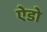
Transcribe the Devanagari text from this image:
ऐडो